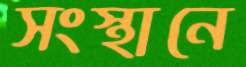
সংস্থানে